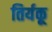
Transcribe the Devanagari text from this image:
तिर्यकू